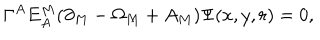
LaTeX: \Gamma ^ { A } E _ { A } ^ { M } ( \partial _ { M } - \Omega _ { M } + A _ { M } ) \Psi ( x , y , r ) = 0 ,